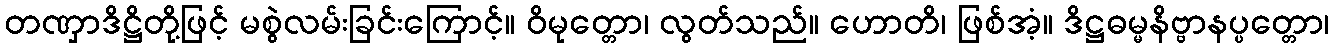
တဏှာဒိဋ္ဌိတို့ဖြင့် မစွဲလမ်းခြင်းကြောင့်။ ဝိမုတ္တော၊ လွတ်သည်။ ဟောတိ၊ ဖြစ်အံ့။ ဒိဋ္ဌဓမ္မနိဗ္ဗာနပ္ပတ္တော၊